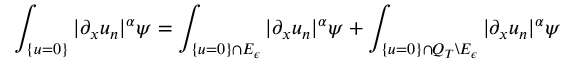
\int _ { \{ u = 0 \} } | \partial _ { x } u _ { n } | ^ { \alpha } \psi = \int _ { \{ u = 0 \} \cap E _ { \epsilon } } | \partial _ { x } u _ { n } | ^ { \alpha } \psi + \int _ { \{ u = 0 \} \cap Q _ { T } \backslash E _ { \epsilon } } | \partial _ { x } u _ { n } | ^ { \alpha } \psi